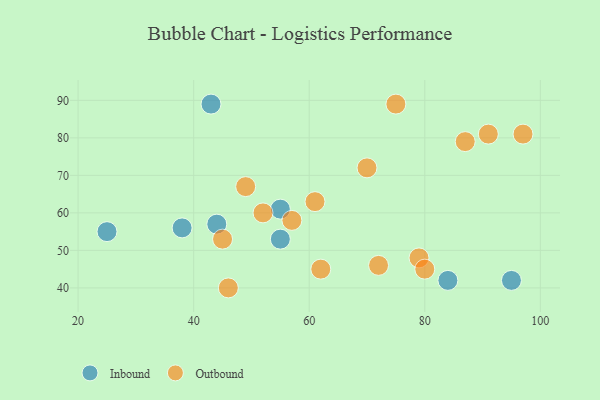
{"axis": {"x": "GDP", "y": "Life Expectancy"}, "legend": ["Inbound", "Outbound"], "data": [{"x": "44", "y": 57, "type": "Inbound"}, {"x": "38", "y": 56, "type": "Inbound"}, {"x": "43", "y": 89, "type": "Inbound"}, {"x": "55", "y": 61, "type": "Inbound"}, {"x": "84", "y": 42, "type": "Inbound"}, {"x": "95", "y": 42, "type": "Inbound"}, {"x": "25", "y": 55, "type": "Inbound"}, {"x": "55", "y": 53, "type": "Inbound"}, {"x": "62", "y": 45, "type": "Outbound"}, {"x": "57", "y": 58, "type": "Outbound"}, {"x": "97", "y": 81, "type": "Outbound"}, {"x": "61", "y": 63, "type": "Outbound"}, {"x": "52", "y": 60, "type": "Outbound"}, {"x": "79", "y": 48, "type": "Outbound"}, {"x": "46", "y": 40, "type": "Outbound"}, {"x": "49", "y": 67, "type": "Outbound"}, {"x": "70", "y": 72, "type": "Outbound"}, {"x": "91", "y": 81, "type": "Outbound"}, {"x": "80", "y": 45, "type": "Outbound"}, {"x": "45", "y": 53, "type": "Outbound"}, {"x": "75", "y": 89, "type": "Outbound"}, {"x": "87", "y": 79, "type": "Outbound"}, {"x": "72", "y": 46, "type": "Outbound"}]}